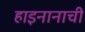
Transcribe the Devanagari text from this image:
हाइनानाची